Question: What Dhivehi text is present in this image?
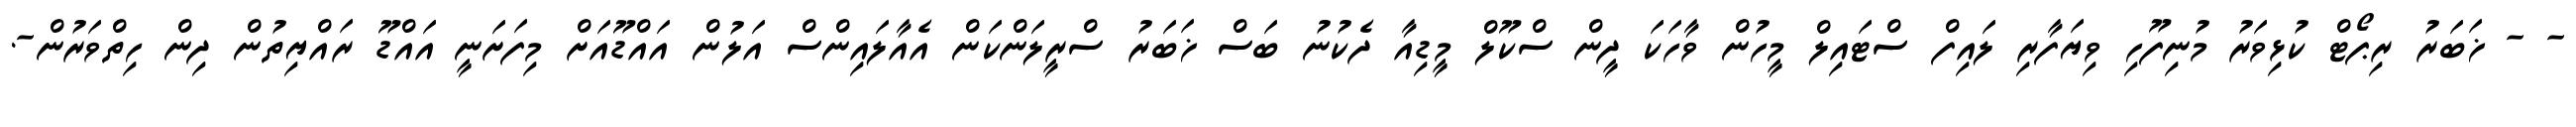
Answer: - - ޚަބަރު ރިޕޯޓް ކުޅިވަރު މުނިފޫހި ވިޔަފާރި ލައިފް ސްޓައިލް މީހުން ވާހަކަ ދީން ސްކޫލް މީޑިއާ ދެކުނު ބަސް ޚަބަރު ސްރީލަންކަން އެއާލައިންސް އަލުން އައްޑޫއަށް މިފަށަނީ އައްޑޫ ރައްޔިތުން ދިން ހިތްވަރުން-.